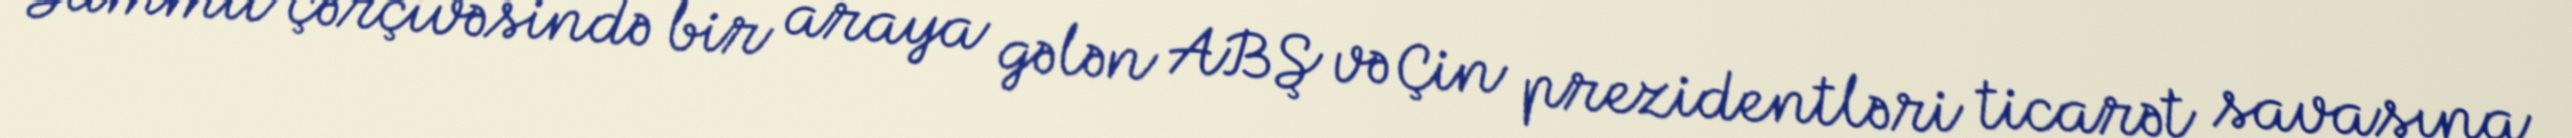
Sammit çərçivəsində bir araya gələn ABŞ və Çin prezidentləri ticarət savaşına